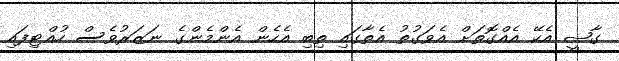
ގާޟީ އެކޭ އެއްގޮތަށް އެވަގުތު އެތާގައި ތިބި އެހެން އެންމެންގެ ނަޒަރުވެސް ހުއްޓިފައި